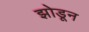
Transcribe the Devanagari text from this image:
झोडून